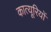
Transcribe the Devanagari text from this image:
कात्यूरियों